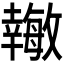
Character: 𪪉